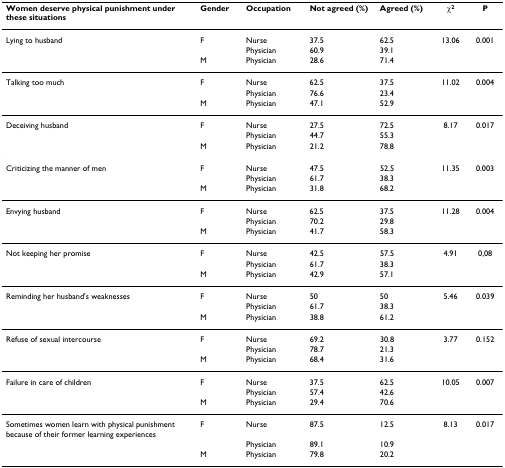
<table><thead><tr><td><b>Women deserve physical punishment under these situations</b></td><td><b>Gender</b></td><td><b>Occupation</b></td><td><b>Not agreed (%)</b></td><td><b>Agreed (%)</b></td><td><b>χ<sup>2</sup></b></td><td><b>P</b></td></tr></thead><tbody><tr><td>Lying to husband</td><td>F</td><td>Nurse</td><td>37.5</td><td>62.5</td><td>13.06</td><td>0.001</td></tr><tr><td></td><td></td><td>Physician</td><td>60.9</td><td>39.1</td><td></td><td></td></tr><tr><td></td><td>M</td><td>Physician</td><td>28.6</td><td>71.4</td><td></td><td></td></tr><tr><td>Talking too much</td><td>F</td><td>Nurse</td><td>62.5</td><td>37.5</td><td>11.02</td><td>0.004</td></tr><tr><td></td><td></td><td>Physician</td><td>76.6</td><td>23.4</td><td></td><td></td></tr><tr><td></td><td>M</td><td>Physician</td><td>47.1</td><td>52.9</td><td></td><td></td></tr><tr><td>Deceiving husband</td><td>F</td><td>Nurse</td><td>27.5</td><td>72.5</td><td>8.17</td><td>0.017</td></tr><tr><td></td><td></td><td>Physician</td><td>44.7</td><td>55.3</td><td></td><td></td></tr><tr><td></td><td>M</td><td>Physician</td><td>21.2</td><td>78.8</td><td></td><td></td></tr><tr><td>Criticizing the manner of men</td><td>F</td><td>Nurse</td><td>47.5</td><td>52.5</td><td>11.35</td><td>0.003</td></tr><tr><td></td><td></td><td>Physician</td><td>61.7</td><td>38.3</td><td></td><td></td></tr><tr><td></td><td>M</td><td>Physician</td><td>31.8</td><td>68.2</td><td></td><td></td></tr><tr><td>Envying husband</td><td>F</td><td>Nurse</td><td>62.5</td><td>37.5</td><td>11.28</td><td>0.004</td></tr><tr><td></td><td></td><td>Physician</td><td>70.2</td><td>29.8</td><td></td><td></td></tr><tr><td></td><td>M</td><td>Physician</td><td>41.7</td><td>58.3</td><td></td><td></td></tr><tr><td>Not keeping her promise</td><td>F</td><td>Nurse</td><td>42.5</td><td>57.5</td><td>4.91</td><td>0,08</td></tr><tr><td></td><td></td><td>Physician</td><td>61.7</td><td>38.3</td><td></td><td></td></tr><tr><td></td><td>M</td><td>Physician</td><td>42.9</td><td>57.1</td><td></td><td></td></tr><tr><td>Reminding her husband&#x27;s weaknesses</td><td>F</td><td>Nurse</td><td>50</td><td>50</td><td>5.46</td><td>0.039</td></tr><tr><td></td><td></td><td>Physician</td><td>61.7</td><td>38.3</td><td></td><td></td></tr><tr><td></td><td>M</td><td>Physician</td><td>38.8</td><td>61.2</td><td></td><td></td></tr><tr><td>Refuse of sexual intercourse</td><td>F</td><td>Nurse</td><td>69.2</td><td>30.8</td><td>3.77</td><td>0.152</td></tr><tr><td></td><td></td><td>Physician</td><td>78.7</td><td>21.3</td><td></td><td></td></tr><tr><td></td><td>M</td><td>Physician</td><td>68.4</td><td>31.6</td><td></td><td></td></tr><tr><td>Failure in care of children</td><td>F</td><td>Nurse</td><td>37.5</td><td>62.5</td><td>10.05</td><td>0.007</td></tr><tr><td></td><td></td><td>Physician</td><td>57.4</td><td>42.6</td><td></td><td></td></tr><tr><td></td><td>M</td><td>Physician</td><td>29.4</td><td>70.6</td><td></td><td></td></tr><tr><td>Sometimes women learn with physical punishment because of their former learning experiences</td><td>F</td><td>Nurse</td><td>87.5</td><td>12.5</td><td>8.13</td><td>0.017</td></tr><tr><td></td><td></td><td>Physician</td><td>89.1</td><td>10.9</td><td></td><td></td></tr><tr><td></td><td>M</td><td>Physician</td><td>79.8</td><td>20.2</td><td></td><td></td></tr></tbody></table>